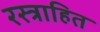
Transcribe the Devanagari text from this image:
रस्त्राहित